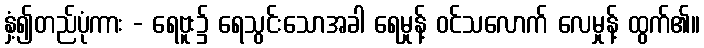
နှံ့၍တည်ပုံကား - ရေဗူး၌ ရေသွင်းသောအခါ ရေမှုန့် ဝင်သလောက် လေမှုန့် ထွက်၏။